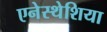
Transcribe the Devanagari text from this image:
एनेस्थेशिया